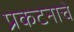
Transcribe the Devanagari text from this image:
प्रकटनाचे